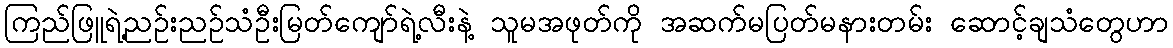
ကြည်ဖြူရဲ့ညဉ်းညဉ်သံဦးမြတ်ကျော်ရဲ့လီးနဲ့ သူမအဖုတ်ကို အဆက်မပြတ်မနားတမ်း ဆောင့်ချသံတွေဟာ